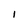
Character: I